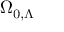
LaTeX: \Omega _ { 0 , \Lambda }